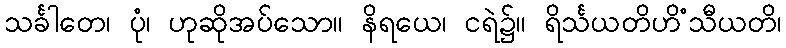
သင်္ခါတေ၊ ပုံ၊ ဟုဆိုအပ်သော။ နိရယေ၊ ငရဲ၌။ ရိင်္သယတိဟိံသီယတိ၊